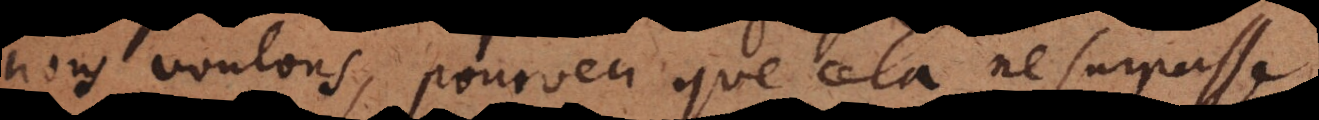
nous voulons, pourveu que cela ne surpasse